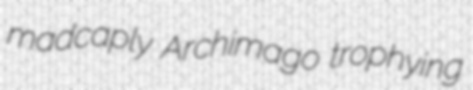
madcaply Archimago trophying